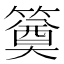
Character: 𥳢